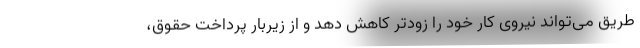
طریق می‌تواند نیروی کار خود را زودتر کاهش دهد و از زیربار پرداخت حقوق،